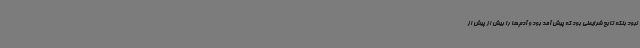
نبود بلکه تابع شرایطی بود که پیش آمد بود و آدم‌ها را بیش از پیش از